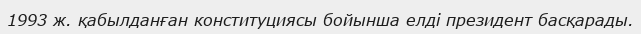
1993 ж. қабылданған конституциясы бойынша елді президент басқарады.